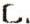
C.